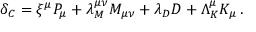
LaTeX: \delta _ { C } = \xi ^ { \mu } P _ { \mu } + \lambda _ { M } ^ { \mu \nu } M _ { \mu \nu } + \lambda _ { D } D + \Lambda _ { K } ^ { \mu } K _ { \mu } \, .